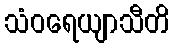
သံဝရေယျာသီတိ